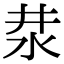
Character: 汬